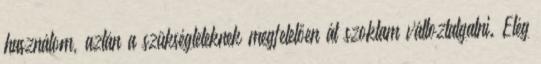
használom, aztán a szükségleteknek megfelelően át szoktam változtatgatni. Elég